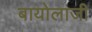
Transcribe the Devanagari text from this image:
बायोलाजी